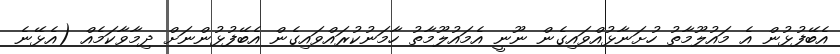
އެބޭފުޅުން އެ މައުލޫމާތު ހުށަނާޅުއްވައިގެން ނޫނީ އެމައުލޫމާތު ހާމަނުކުރައްވައިގެން އެބޭފުޅުންނަށް ދިމާވާކަމެއް (އެޅޭނެ